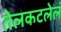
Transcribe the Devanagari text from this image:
तेलकटलेलं